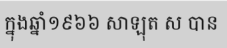
ក្នុងឆ្នាំ១៩៦៦ សាឡុត ស បាន